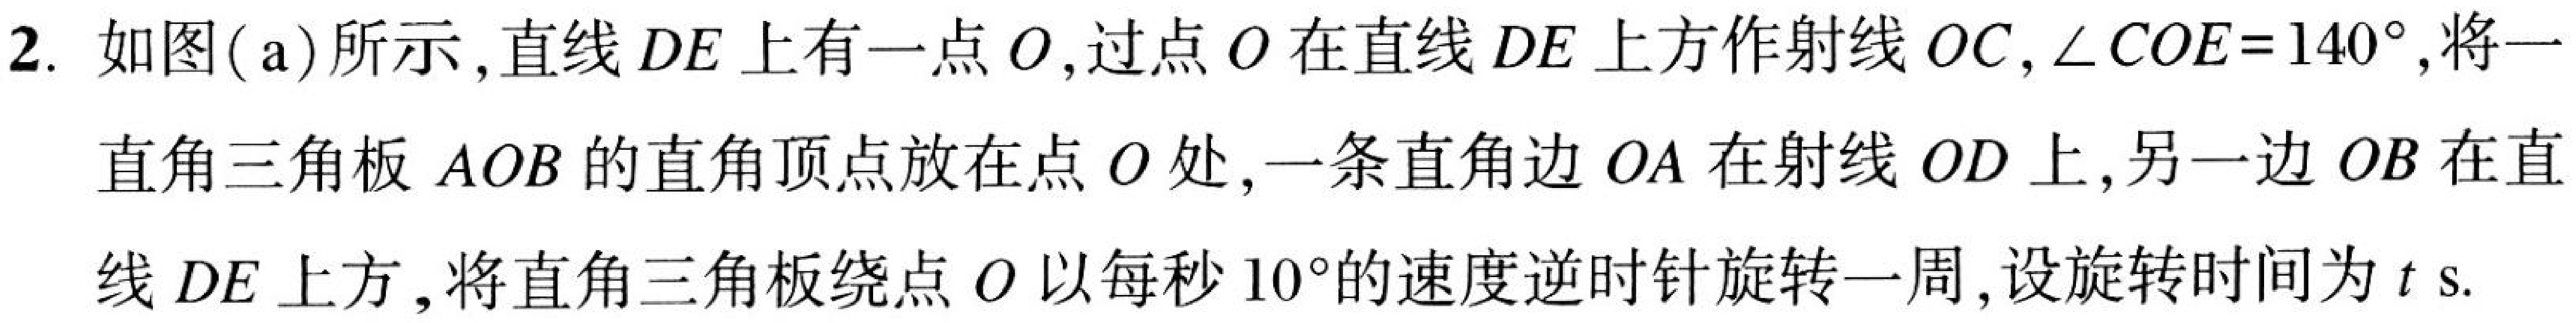
2. 如图(a)所示，直线$DE$上有一点$O$，过点$O$在直线$DE$上方作射线$OC$，$\angle COE = 140^{\circ}$，将一
直角三角板$AOB$的直角顶点放在点$O$处，一条直角边$OA$在射线$OD$上，另一边$OB$在直
线$DE$上方，将直角三角板绕点$O$以每秒$10^{\circ}$的速度逆时针旋转一周，设旋转时间为$t\mathrm{ s}$.